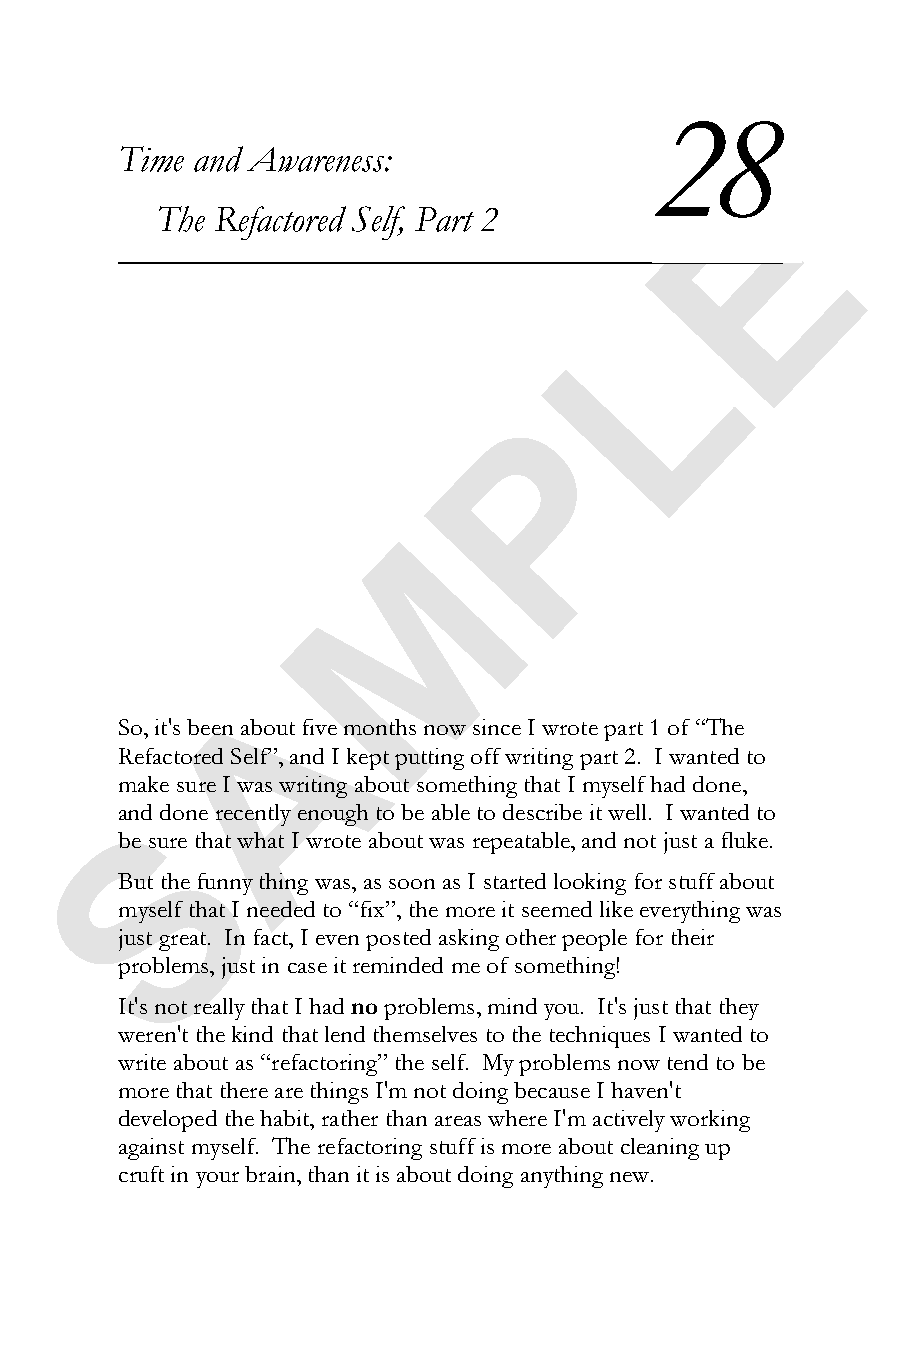
28
 29
 Time and Awareness:
 E
 The Refactored Self, Part 2
 L
 P
 M
 A
 So, it's been about five months now since I wrote part 1 of “The
 Refactored Self”, and I kept putting off writing part 2. I wanted to
 make sure I was writing about something that I myself had done,
 anSd done recently enough to be able to describe it well. I wanted to
 be sure that what I wrote about was repeatable, and not just a fluke.
 But the funny thing was, as soon as I started looking for stuff about
 myself that I needed to “fix”, the more it seemed like everything was
 just great. In fact, I even posted asking other people for their
 problems, just in case it reminded me of something!
 It's not really that I had no problems, mind you. It's just that they
 weren't the kind that lend themselves to the techniques I wanted to
 write about as “refactoring” the self. My problems now tend to be
 more that there are things I'm not doing because I haven't
 developed the habit, rather than areas where I'm actively working
 against myself. The refactoring stuff is more about cleaning up
 cruft in your brain, than it is about doing anything new.